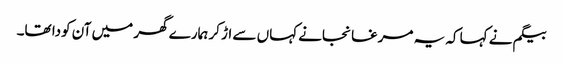
بیگم نے کہا کہ یہ مرغا نجانے کہاں سے اڑ کر ہمارے گھر میں آن کودا تھا۔